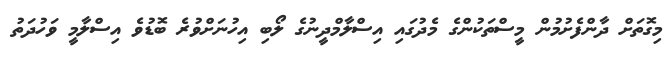
މިގޮތަށް ދާންފެށުމުން މީސްތަކުންގެ މެދުގައި އިސްލާމްދީނުގެ ލޯބި އިހުނަށްވުރެ ބޮޑުވެ އިސްލާމީ ވަހުދަތު